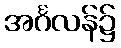
အင်္ဂလန်၌